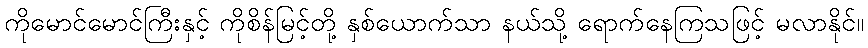
ကိုမောင်မောင်ကြီးနှင့် ကိုစိန်မြင့်တို့ နှစ်ယောက်သာ နယ်သို့ ရောက်နေကြသဖြင့် မလာနိုင်။